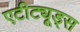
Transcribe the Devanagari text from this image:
एटीट्यूड्स